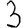
Digit: 3